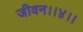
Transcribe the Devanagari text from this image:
जीवन।।४।।